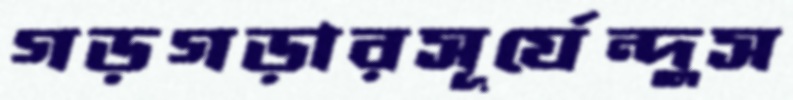
গড়গড়ারসূর্যেন্দুস